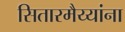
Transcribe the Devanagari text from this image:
सितारमैय्यांना